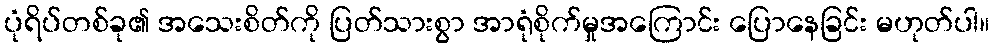
ပုံရိပ်တစ်ခု၏ အသေးစိတ်ကို ပြတ်သားစွာ အာရုံစိုက်မှုအကြောင်း ပြောနေခြင်း မဟုတ်ပါ။